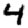
Digit: 4